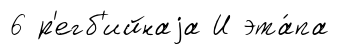
6 р'егб'ийнаjа И эта́па